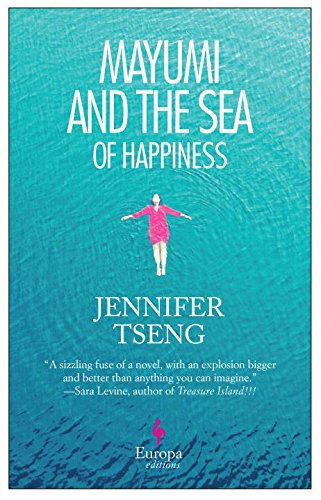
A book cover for Mayumi and the Sea of Happiness; Jennifer Tseng; Literature & Fiction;